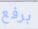
برفع